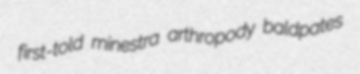
first-told minestra arthropody baldpates